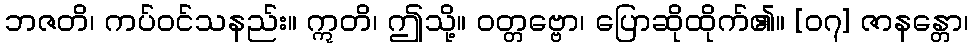
ဘဇတိ၊ ကပ်ဝင်သနည်း။ ဣတိ၊ ဤသို့။ ဝတ္တဗ္ဗော၊ ပြောဆိုထိုက်၏။ [၀၇] ဇာနန္တော၊